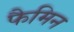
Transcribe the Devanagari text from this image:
फैमिन